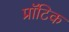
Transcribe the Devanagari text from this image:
प्रॉटिक